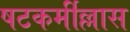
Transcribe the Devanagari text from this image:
षटकर्मील्लास